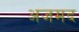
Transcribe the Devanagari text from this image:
अजमद